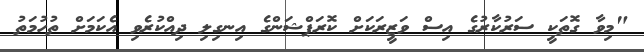
"މިވާ ގޮތަކީ ސަރުކާރުގެ އިސް ވަޒީރަކަށް ކޮރަޕްޝަންގެ އިނގިލި ދިއްކުރެވި އެކަމަށް ތުހުމަތު